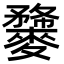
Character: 𪍫